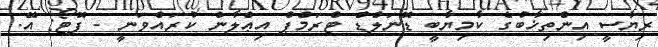
ރިޔާސީ އިންތިޚާބުގެ ކާމިޔާބީ ޑޮނަލްޑް ޓްރަމްޕް އިޢްލާން ކުރައްވަނީ - ފޮޓޯ: އޭ.